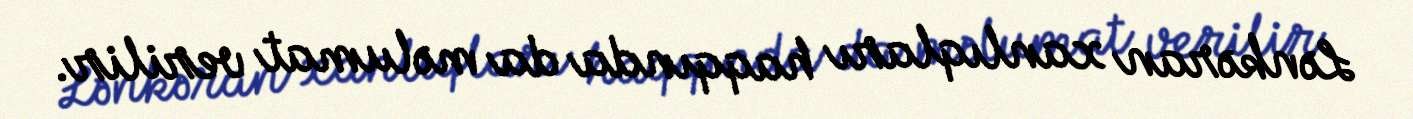
Lənkəran xanlıqları haqqında da məlumat verilir.